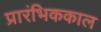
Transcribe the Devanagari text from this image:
प्रारंभिककाल